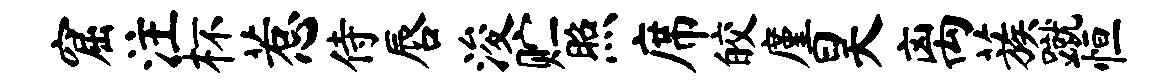
窟注杯惹侍唇浚贮照席皎廑昊离蔟蹴恒